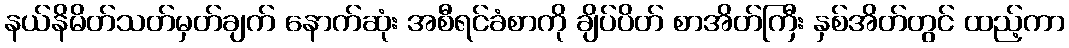
နယ်နိမိတ်သတ်မှတ်ချက် နောက်ဆုံး အစီရင်ခံစာကို ချိပ်ပိတ် စာအိတ်ကြီး နှစ်အိတ်တွင် ထည့်ကာ